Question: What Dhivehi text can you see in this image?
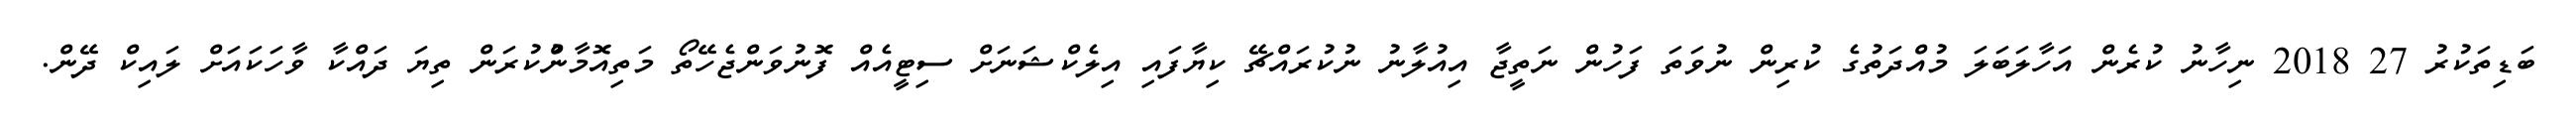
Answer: ބަޑިތަކުރު 27 2018 ނިހާނު ކުރެން އަހާލަބަލަ މުއްދަތުގެ ކުރިން ނުވަތަ ފަހުން ނަތީޖާ އިއުލާނު ނުކުރައްޗޭ ކިޔާފައި އިލެކްޝަނަށް ސިޓީއެއް ފޮނުވަންޖެހޭތޯ މަތިއޮމާންުކުރަން ތިޔަ ދައްކާ ވާހަކައަށް ލައިކް ދޭން.